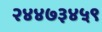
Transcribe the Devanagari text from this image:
२४४७३४५९